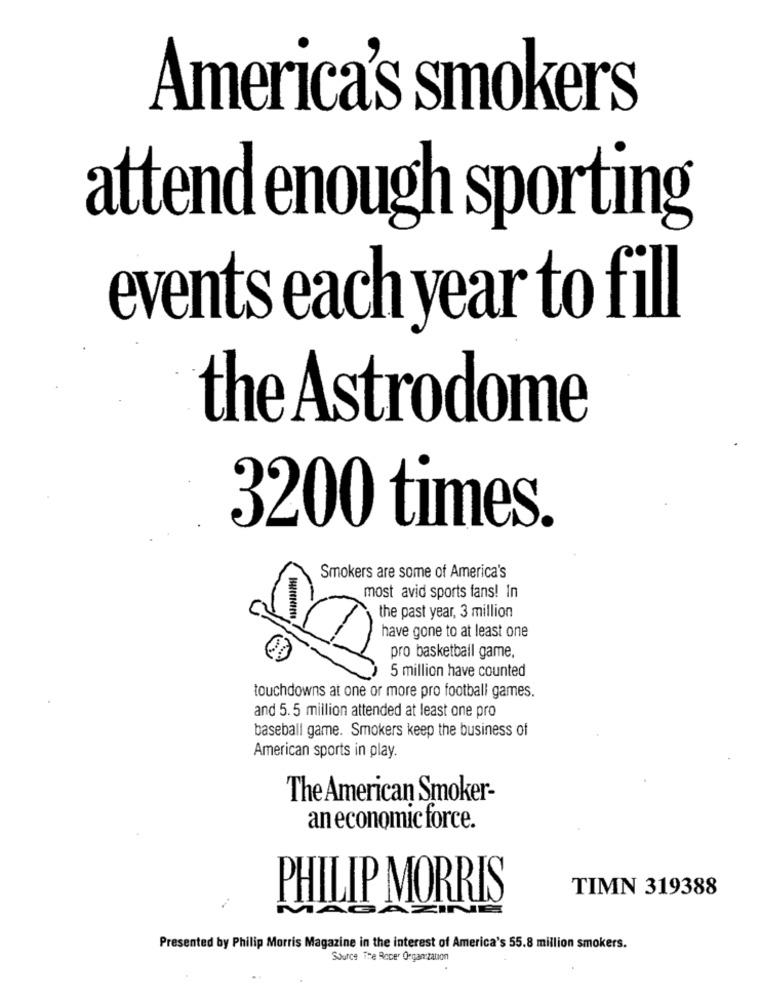
America's smokers
attend enough sporting
events each year to fill
the Astrodome
3200 times.
Smokers are some of America's
most avid sports fans! In
the past year, 3 million
have gone to at least one
pro basketball game.
5 million have counted
touchdowns at one or more pro football games.
and 5.5 million attended at least one pro
baseball game. Smokers keep the business of
American sports in play.
The American Smoker-
an economic force.
TIMN 319388
PHILIP MORRIS
Presented by Philip Morris Magazine in the interest of America's 55.8 million smokers.
Source The Rocer Organization